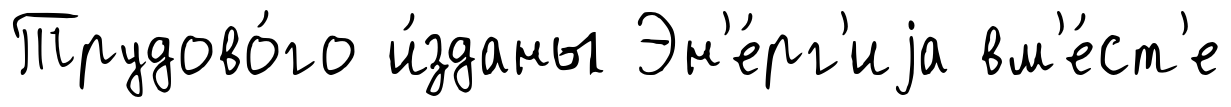
Трудово́го и́зданы Эн'е́рг'иjа вм'е́ст'е